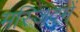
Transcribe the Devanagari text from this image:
मस्जिदमें